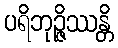
ပရိဘုဉ္ဇိဿန္တိ